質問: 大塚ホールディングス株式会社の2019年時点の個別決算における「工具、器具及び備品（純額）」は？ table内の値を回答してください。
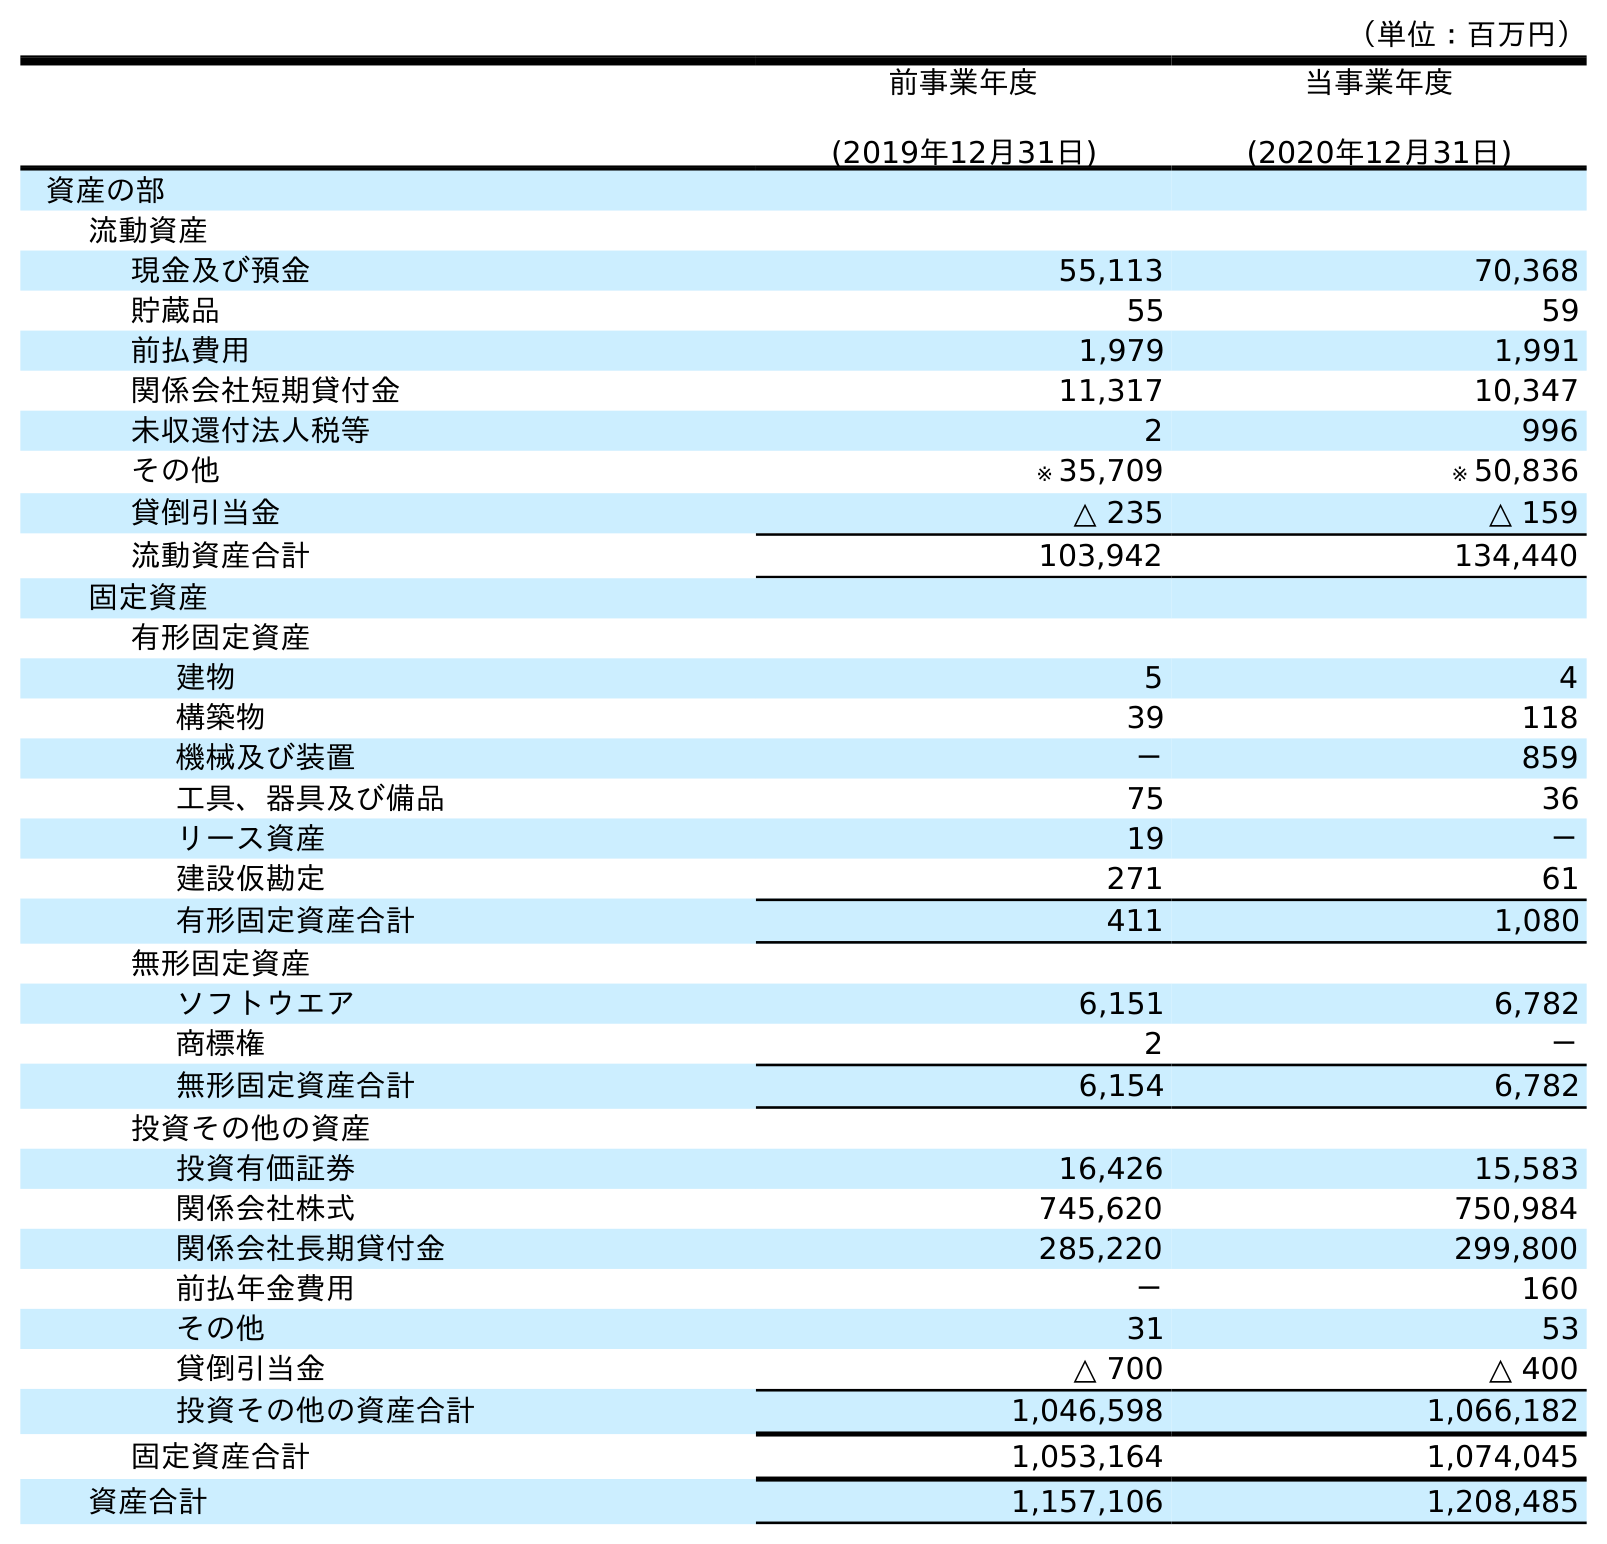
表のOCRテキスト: （単位：百万円） 前事業年度 (2019年12月31日) 当事業年度 (2020年12月31日) 資産の部 流動資産 現金及び預金 55,113 70,368 貯蔵品 55 59 前払費用 1,979 1,991 関係会社短期貸付金 11,317 10,347 未収還付法人税等 2 996 その他 ※ 35,709 ※ 50,836 貸倒引当金 △ 235 △ 159 流動資産合計 103,942 134,440 固定資産 有形固定資産 建物 5 4 構築物 39 118 機械及び装置 － 859 工具、器具及び備品 75 36 リース資産 19 － 建設仮勘定 271 61 有形固定資産合計 411 1,080 無形固定資産 ソフトウエア 6,151 6,782 商標権 2 － 無形固定資産合計 6,154 6,782 投資その他の資産 投資有価証券 16,426 15,583 関係会社株式 745,620 750,984 関係会社長期貸付金 285,220 299,800 前払年金費用 － 160 その他 31 53 貸倒引当金 △ 700 △ 400 投資その他の資産合計 1,046,598 1,066,182 固定資産合計 1,053,164 1,074,045 資産合計 1,157,106 1,208,485
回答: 75